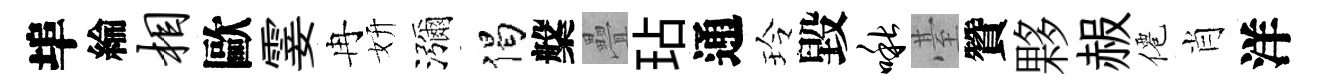
埠綸相歐霎冉妍瀰偈槃疊玷通玲毀啾䑓贊夥赧僊肖洋